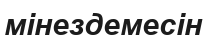
мінездемесін